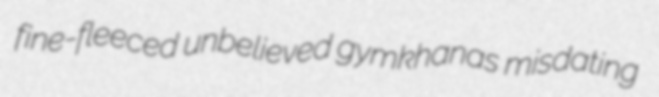
fine-fleeced unbelieved gymkhanas misdating